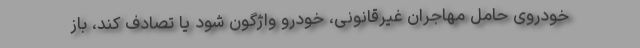
خودروی حامل مهاجران غیرقانونی، خودرو واژگون شود یا تصادف کند، باز